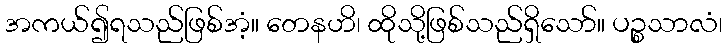
အကယ်၍ရသည်ဖြစ်အံ့။ တေနဟိ၊ ထိုသို့ဖြစ်သည်ရှိသော်။ ပဉ္စသာလံ၊